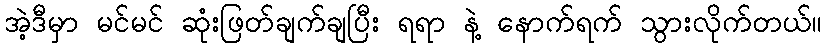
အဲ့ဒီမှာ မင်မင် ဆုံးဖြတ်ချက်ချပြီး ရရာ နဲ့ နောက်ရက် သွားလိုက်တယ်။